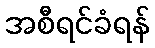
အစီရင်ခံရန်